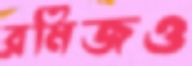
রমিজও